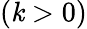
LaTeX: (\mathit{k}>0)